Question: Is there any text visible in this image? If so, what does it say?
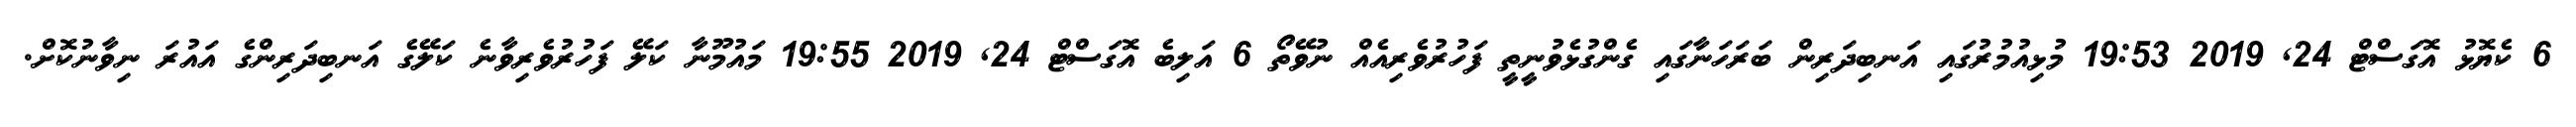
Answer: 6 ކެޔޮޅު އޮގަސްޓް 24, 2019 19:53 މުޅިއުމުރުގައި އަނބިދަރިން ބަރަހަނާގައި ގެންގުޅެވުނީތީ ފަހުރުވެރިއެއް ނުވޭތޯ 6 އަލިބެ އޮގަސްޓް 24, 2019 19:55 މައުމޫނާ ކަލޭ ފަހުރުވެރިވާނެ ކަލޭގެ އަނބިދަރިންގެ އައުރަ ނިވާނުކޮށް.